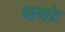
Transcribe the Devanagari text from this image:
नमोः